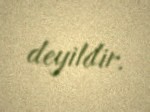
deyildir.